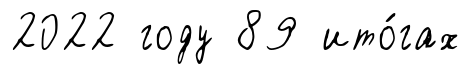
2022 году 89 ито́гах